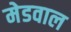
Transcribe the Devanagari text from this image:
मेडवाल